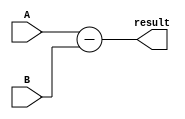
module subtractor(
    input [3:0] A,    // Input binary number A
    input [3:0] B,    // Input binary number B
    output [3:0] result  // Output of the subtraction operation
);

assign result = A - B;

endmodule